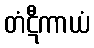
တံဋီကာယံ